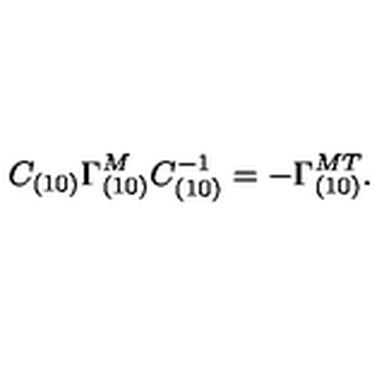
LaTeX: C _ { ( 1 0 ) } \Gamma _ { ( 1 0 ) } ^ { M } C _ { ( 1 0 ) } ^ { - 1 } = - \Gamma _ { ( 1 0 ) } ^ { { M } T } .